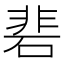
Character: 𮀦